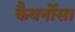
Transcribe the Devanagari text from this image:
कैवर्नोसा